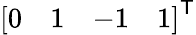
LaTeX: {\left[\begin{array}{llll}{0}&{1}&{-1}&{1}\end{array}\right]}^{\textsf{T}}